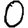
Digit: 0